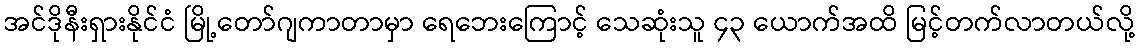
အင်ဒိုနီးရှားနိုင်ငံ မြို့တော်ဂျကာတာမှာ ရေဘေးကြောင့် သေဆုံးသူ ၄၃ ယောက်အထိ မြင့်တက်လာတယ်လို့